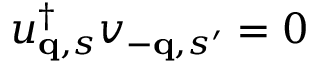
u _ { { \bf q } , s } ^ { \dagger } v _ { - { \bf q } , s ^ { \prime } } = 0